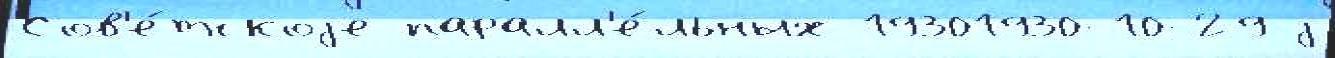
Сов'е́тскоjе паралл'е́льных 19301930-10-29 j